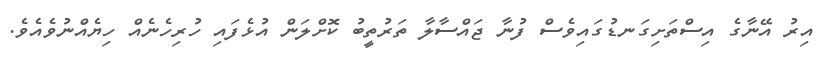
އިރު އޭނާގެ އިސްތަށިގަނޑުގައިވެސް ފުނާ ޖައްސާލާ ތަރުތީބު ކޮށްލަން އުޅެފައި ހުރިހެނެއް ހިޔެއްނުވެއެވެ.